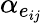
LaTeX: \alpha_{e_{ij}}